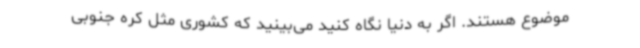
موضوع هستند. اگر به دنیا نگاه کنید می‌بینید که کشوری مثل کره جنوبی